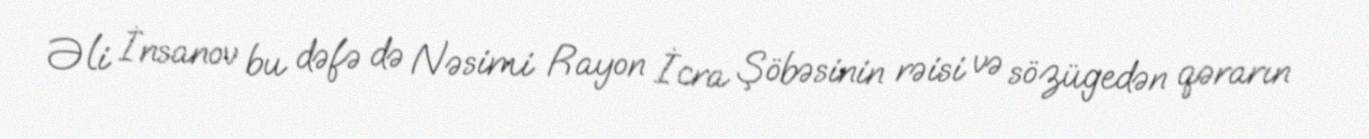
Əli İnsanov bu dəfə də Nəsimi Rayon İcra Şöbəsinin rəisi və sözügedən qərarın